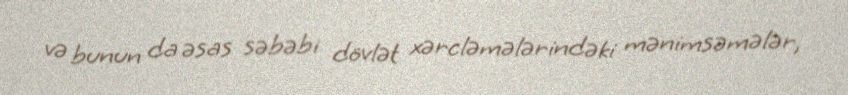
və bunun da əsas səbəbi dövlət xərcləmələrindəki mənimsəmələr,